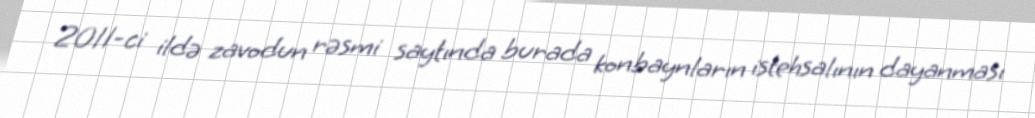
2011-ci ildə zavodun rəsmi saytında burada konbaynların istehsalının dayanması